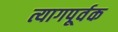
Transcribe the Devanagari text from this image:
त्यागपूर्वक